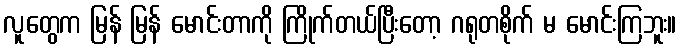
လူတွေက မြန် မြန် မောင်းတာကို ကြိုက်တယ်ပြီးတော့ ဂရုတစိုက် မ မောင်းကြဘူး။